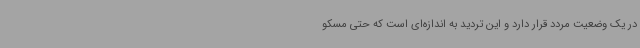
در یک وضعیت مردد قرار دارد و این تردید به اندازه‌ای است که حتی مسکو